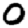
Digit: 0